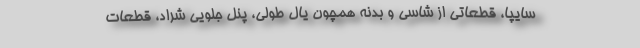
سایپا، قطعاتی از شاسی و بدنه همچون یال طولی، پنل جلویی شراد، قطعات